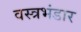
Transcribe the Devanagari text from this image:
वस्त्रभंडार